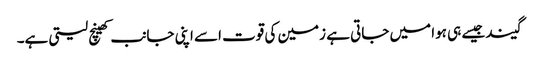
گیند جیسے ہی ہوا میں جاتی ہے زمین کی قوت اسے اپنی جانب کھینچ لیتی ہے۔